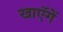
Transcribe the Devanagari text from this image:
खाएॅगें